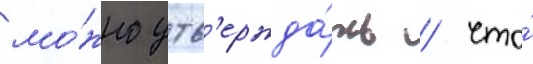
мо́жно утв'ержда́ть / что́